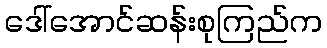
ဒေါ်အောင်ဆန်းစုကြည်က